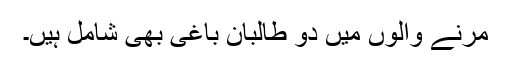
مرنے والوں میں دو طالبان باغی بھی شامل ہیں۔